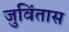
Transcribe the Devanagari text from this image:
जुविंतास